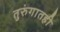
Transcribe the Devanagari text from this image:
तुरुंगातही